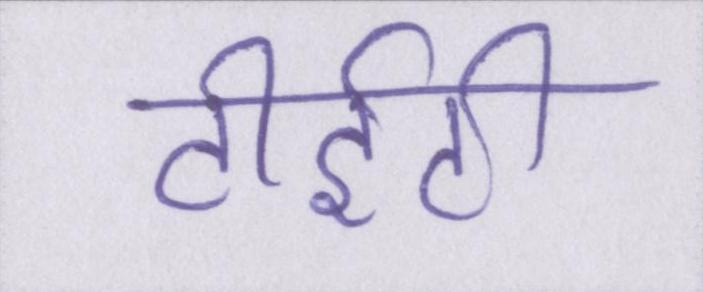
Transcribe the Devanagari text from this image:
टीईटी